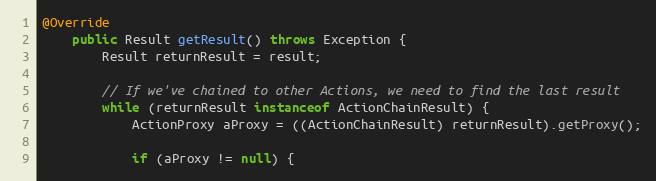
Language: Java
@Override
	public Result getResult() throws Exception {
		Result returnResult = result;

		// If we've chained to other Actions, we need to find the last result
		while (returnResult instanceof ActionChainResult) {
			ActionProxy aProxy = ((ActionChainResult) returnResult).getProxy();

			if (aProxy != null) {